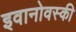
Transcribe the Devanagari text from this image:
इवानोवस्की